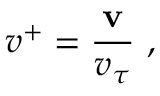
v ^ { + } = \frac { \mathbf { v } } { v _ { \tau } } \mathrm { ~ , ~ }